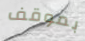
بموقف